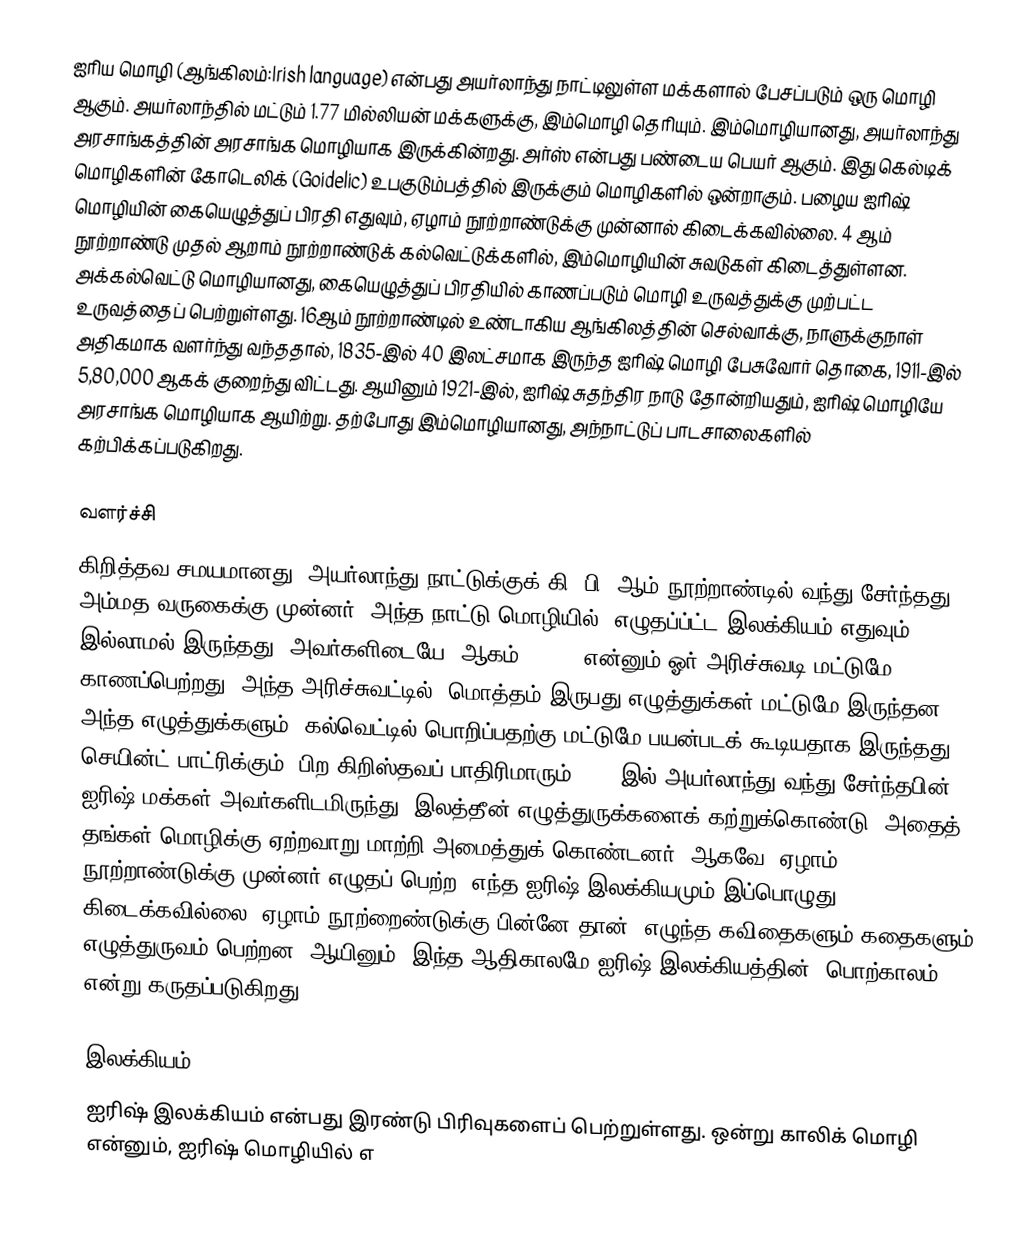
ஐரிய மொழி (ஆங்கிலம்:Irish language) என்பது அயர்லாந்து நாட்டிலுள்ள மக்களால் பேசப்படும் ஒரு மொழி ஆகும். அயர்லாந்தில் மட்டும் 1.77 மில்லியன் மக்களுக்கு, இம்மொழி தெரியும். இம்மொழியானது, அயர்லாந்து அரசாங்கத்தின் அரசாங்க மொழியாக இருக்கின்றது. அர்ஸ் என்பது பண்டைய பெயர் ஆகும். இது கெல்டிக் மொழிகளின் கோடெலிக் (Goidelic) உபகுடும்பத்தில் இருக்கும் மொழிகளில் ஒன்றாகும். பழைய ஐரிஷ் மொழியின் கையெழுத்துப் பிரதி எதுவும், ஏழாம் நூற்றாண்டுக்கு முன்னால் கிடைக்கவில்லை. 4 ஆம் நூற்றாண்டு முதல் ஆறாம் நூற்றாண்டுக் கல்வெட்டுக்களில், இம்மொழியின் சுவடுகள் கிடைத்துள்ளன. அக்கல்வெட்டு மொழியானது, கையெழுத்துப் பிரதியில் காணப்படும் மொழி உருவத்துக்கு முற்பட்ட உருவத்தைப் பெற்றுள்ளது. 16ஆம் நூற்றாண்டில் உண்டாகிய ஆங்கிலத்தின் செல்வாக்கு, நாளுக்குநாள் அதிகமாக வளர்ந்து வந்ததால், 1835-இல் 40 இலட்சமாக இருந்த ஐரிஷ் மொழி பேசுவோர் தொகை, 1911-இல் 5,80,000 ஆகக் குறைந்து விட்டது. ஆயினும் 1921-இல், ஐரிஷ் சுதந்திர நாடு தோன்றியதும், ஐரிஷ் மொழியே அரசாங்க மொழியாக ஆயிற்று. தற்போது இம்மொழியானது, அந்நாட்டுப் பாடசாலைகளில் கற்பிக்கப்படுகிறது.

வளர்ச்சி
கிறித்தவ சமயமானது, அயர்லாந்து நாட்டுக்குக் கி. பி  5ஆம் நூற்றாண்டில் வந்து சேர்ந்தது.  அம்மத வருகைக்கு முன்னர், அந்த நாட்டு மொழியில், எழுதப்ப்ட்ட  இலக்கியம் எதுவும் இல்லாமல் இருந்தது. அவர்களிடையே, ஆகம் (Ogam) என்னும் ஓர் அரிச்சுவடி மட்டுமே காணப்பெற்றது. அந்த அரிச்சுவட்டில், மொத்தம் இருபது எழுத்துக்கள் மட்டுமே இருந்தன. அந்த எழுத்துக்களும், கல்வெட்டில் பொறிப்பதற்கு மட்டுமே பயன்படக் கூடியதாக இருந்தது. செயின்ட் பாட்ரிக்கும், பிற கிறிஸ்தவப் பாதிரிமாரும், 432-இல் அயர்லாந்து வந்து சேர்ந்தபின், ஐரிஷ் மக்கள் அவர்களிடமிருந்து, இலத்தீன் எழுத்துருக்களைக் கற்றுக்கொண்டு, அதைத் தங்கள் மொழிக்கு ஏற்றவாறு மாற்றி அமைத்துக் கொண்டனர். ஆகவே, ஏழாம் நூற்றாண்டுக்கு முன்னர் எழுதப் பெற்ற ,எந்த ஐரிஷ் இலக்கியமும் இப்பொழுது கிடைக்கவில்லை. ஏழாம் நூற்றைண்டுக்கு பின்னே தான், எழுந்த கவிதைகளும் கதைகளும் எழுத்துருவம் பெற்றன. ஆயினும், இந்த ஆதிகாலமே ஐரிஷ் இலக்கியத்தின் 'பொற்காலம்' என்று கருதப்படுகிறது.

இலக்கியம்
ஐரிஷ் இலக்கியம் என்பது இரண்டு பிரிவுகளைப் பெற்றுள்ளது. ஒன்று காலிக் மொழி என்னும், ஐரிஷ் மொழியில் எ